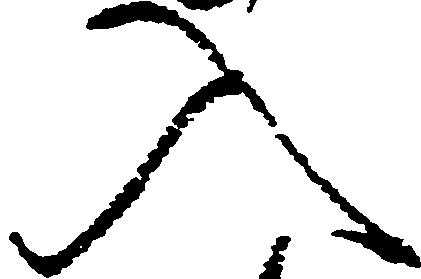
入